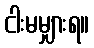
ငါးမမျှားရ။